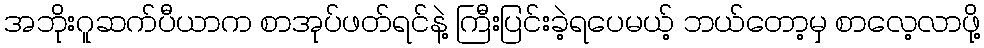
အဘိုးဂူဆက်ပီယာက စာအုပ်ဖတ်ရင်နဲ့ ကြီးပြင်းခဲ့ရပေမယ့် ဘယ်တော့မှ စာလေ့လာဖို့